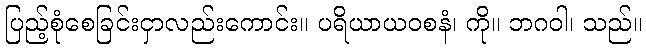
ပြည့်စုံစေခြင်းငှာလည်းကောင်း။ ပရိယာယဝစနံ၊ ကို။ ဘဂဝါ၊ သည်။